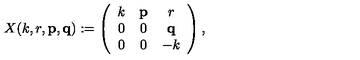
X ( k , r , { \bf p } , { \bf q } ) : = \left( \begin{array} { c c c } { k } & { { \bf p } } & { r } \\ { 0 } & { 0 } & { { \bf q } } \\ { 0 } & { 0 } & { - k } \\ \end{array} \right) ,